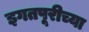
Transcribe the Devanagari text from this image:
इगतपूरीच्या